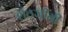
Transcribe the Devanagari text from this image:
शेठजींनी